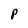
Character: P